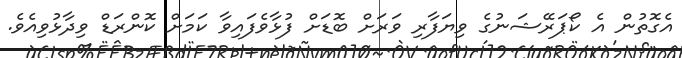
އެގޮތުން އެ ކޯޕަރޭޝަނުގެ ވިޔަފާރި ވަރަށް ބޮޑަށް ފުޅާވެފައިވާ ކަމަށް ކޮންރަޑް ވިދާޅުވިއެވެ.